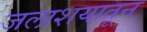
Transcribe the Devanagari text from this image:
जलाशयातून